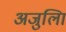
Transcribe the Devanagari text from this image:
अजुलिा